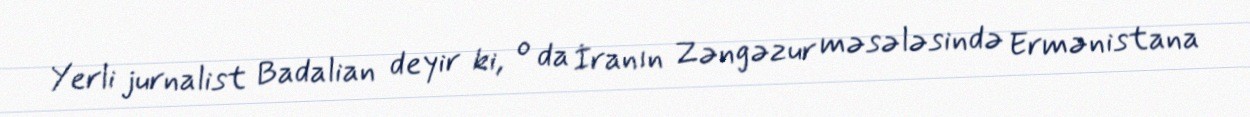
Yerli jurnalist Badalian deyir ki, o da İranın Zəngəzur məsələsində Ermənistana